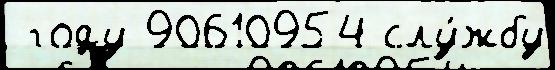
 году 90610954 слу́жбу